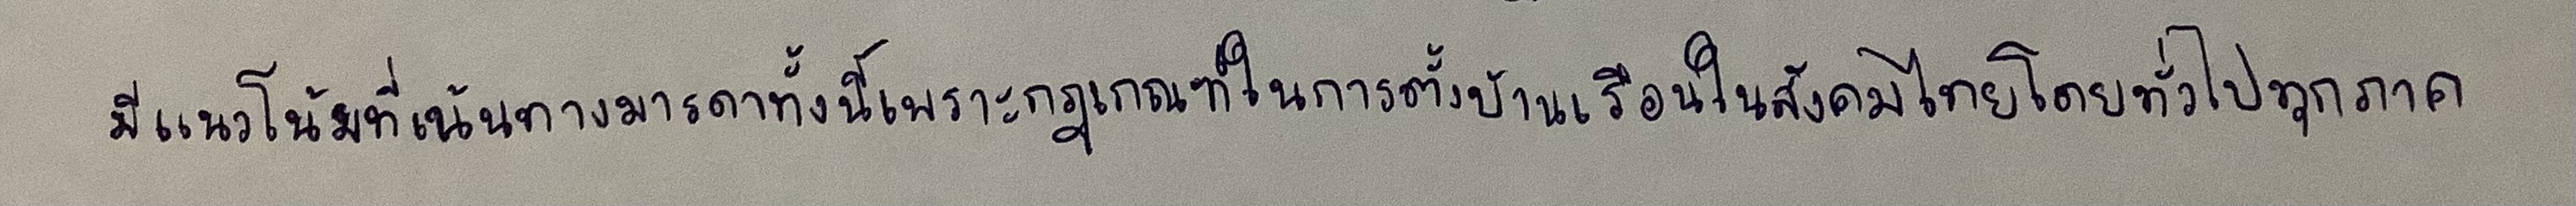
มีแนวโน้มที่เน้นทางมารดาทั้งนี้เพราะกฎเกณฑ์ในการตั้งบ้านเรือนในสังคมไทยโดยทั่วไปทุกภาค